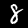
Digit: 8